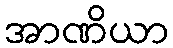
အာဏိယာ